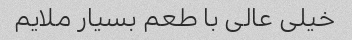
خیلی عالی با طعم بسیار ملایم